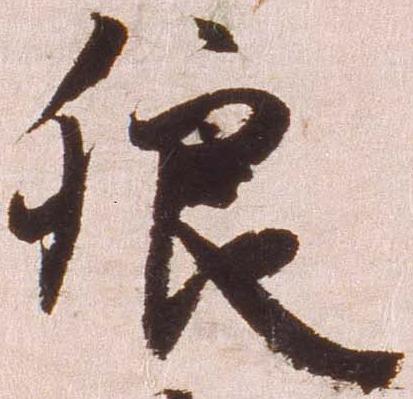
狼